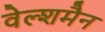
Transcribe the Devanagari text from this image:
वेल्शमैन